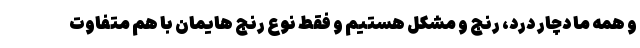
و همه ما دچار درد، رنج و مشکل هستیم و فقط نوع رنج هایمان با هم متفاوت